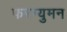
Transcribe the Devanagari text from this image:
फरग्युमन